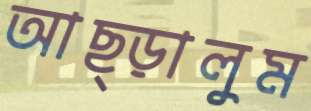
আছ্‌ড়ালুম